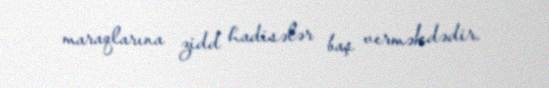
maraqlarına zidd hadisələr baş verməkdədir.